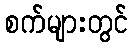
စက်များတွင်